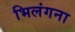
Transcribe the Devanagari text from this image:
भिलंगना